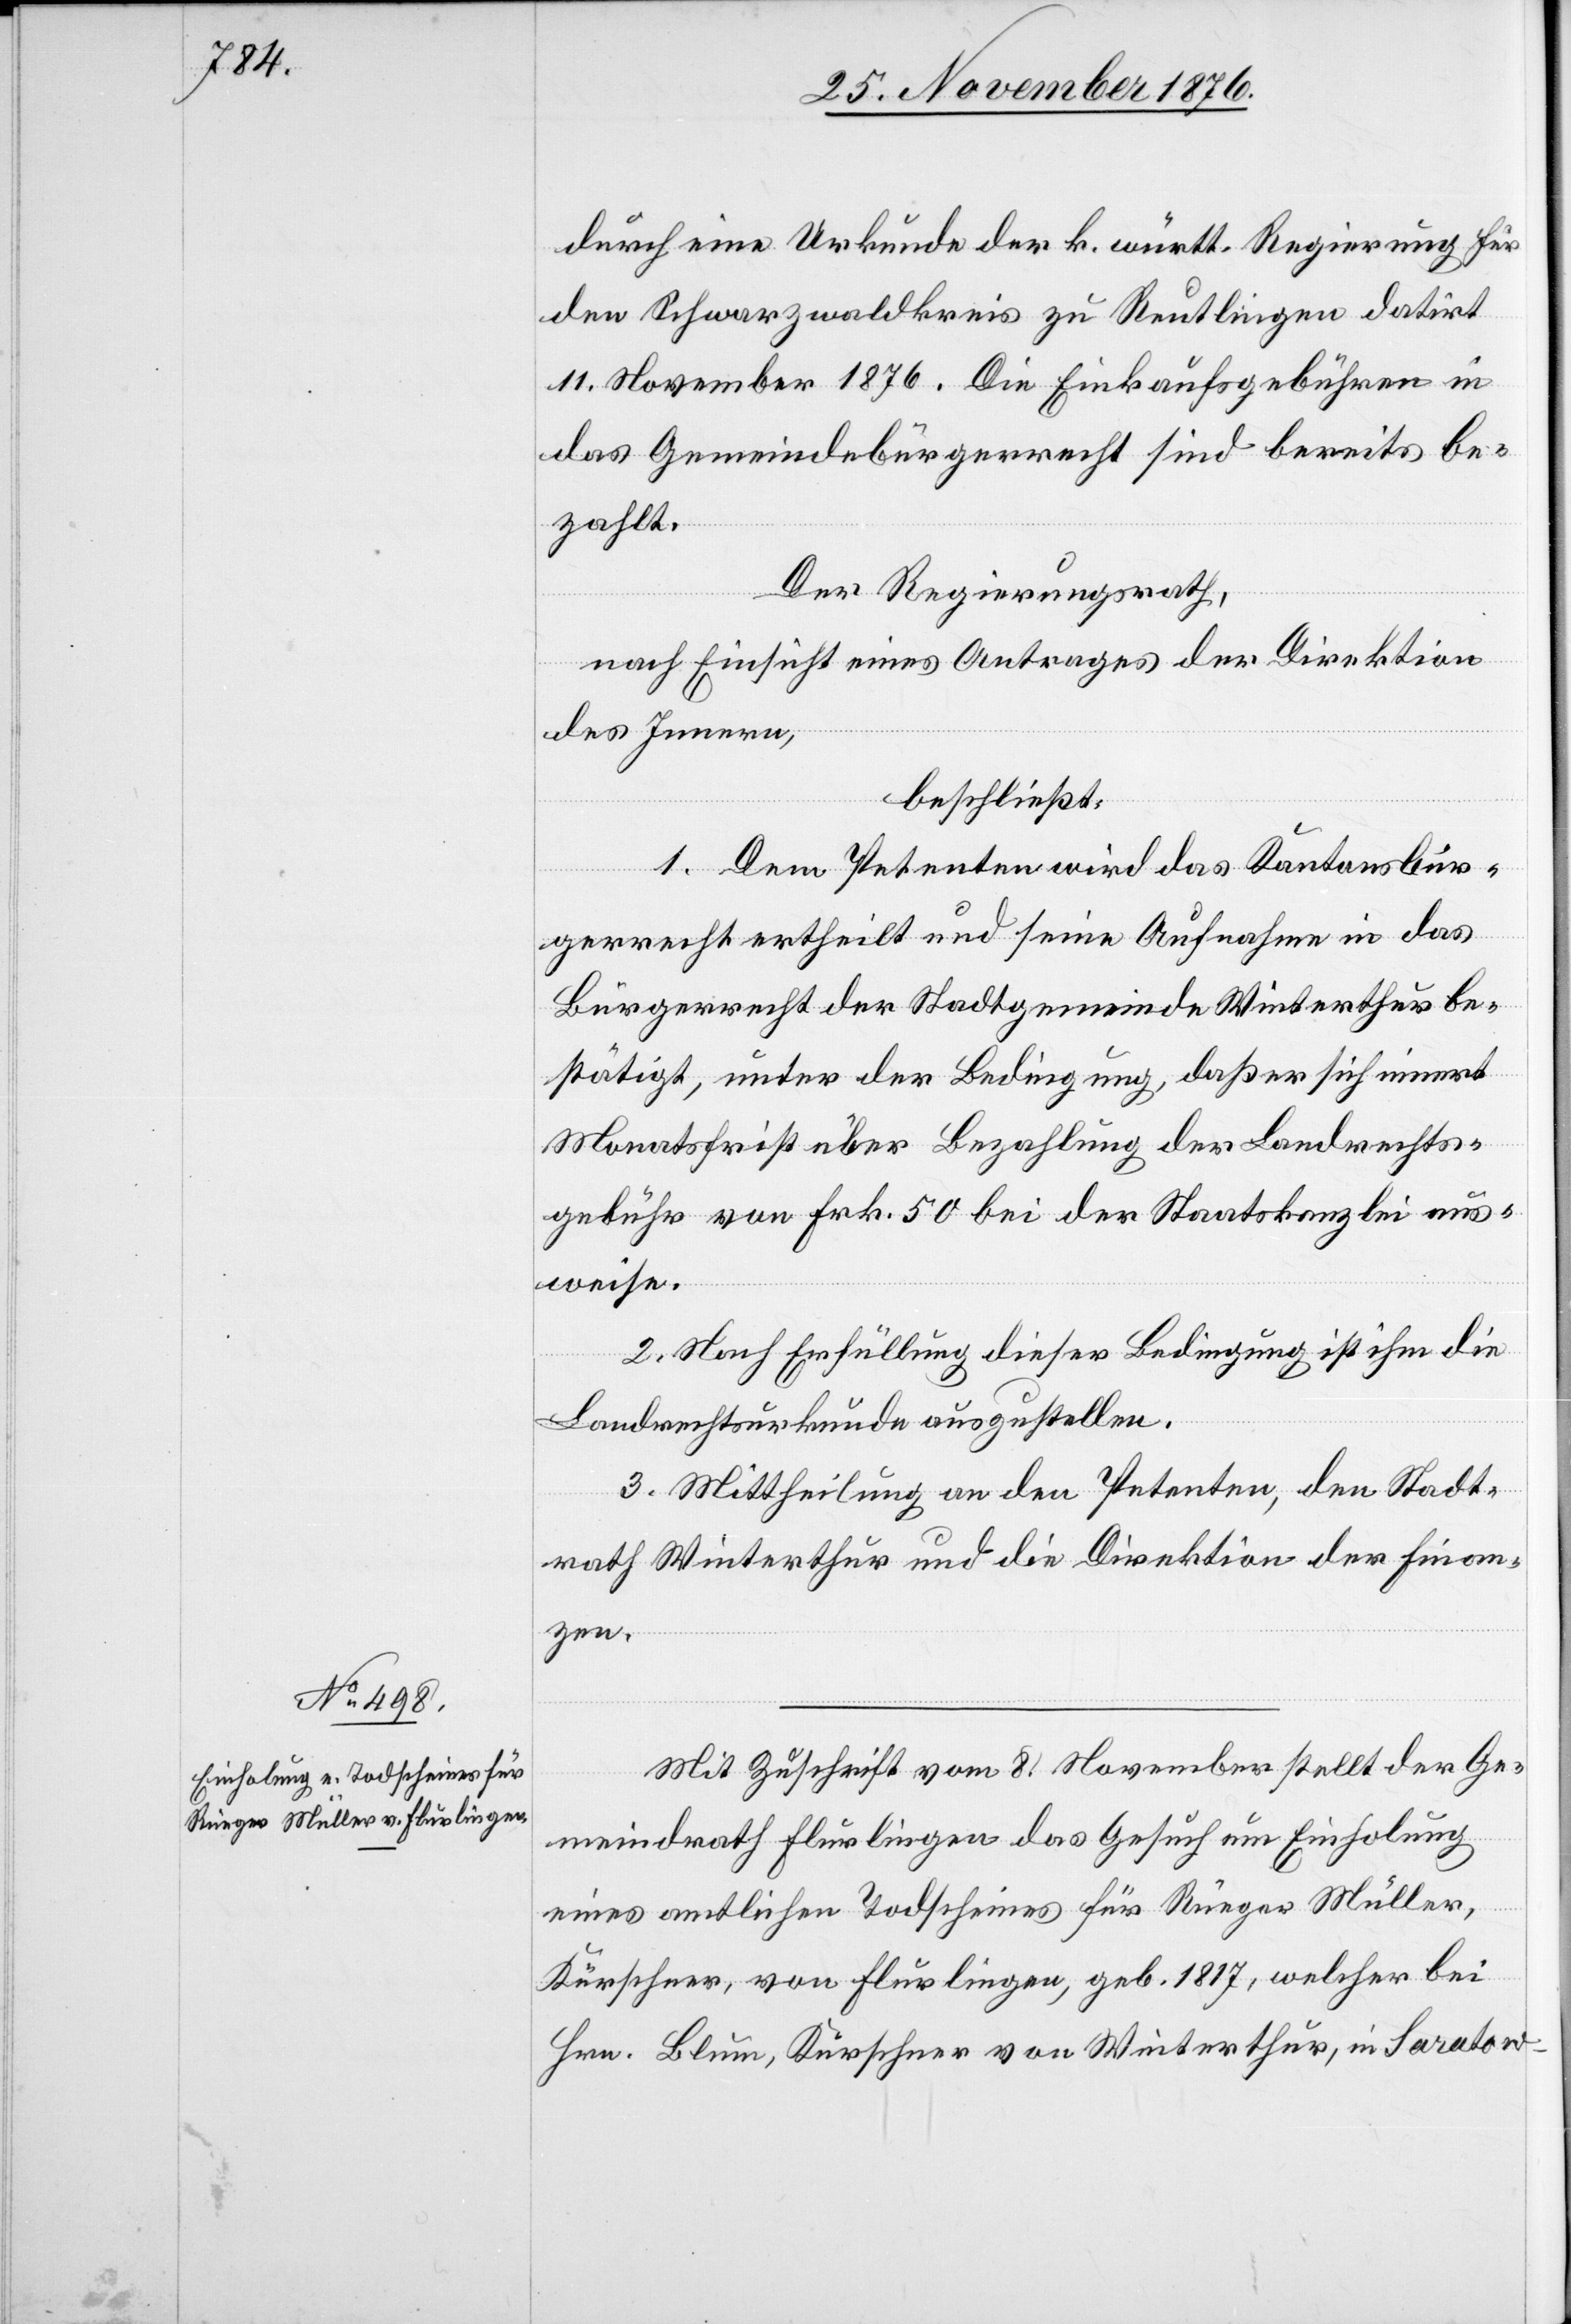
Mit Zuschrift vom 8 November stellt der Ge¬
meindrath Flurlingen das Gesuch um Einholung
eines amtlichen Todscheines für Rüeger Müller,
Kürschner, von Flurlingen, geb. 1817, welcher bei
Hrn. Blum, Kürschner von Winterthur, in Saratow